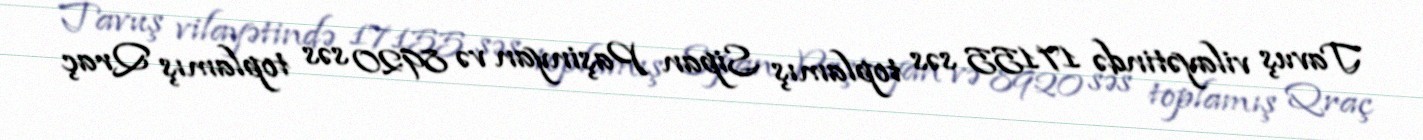
Tavuş vilayətində 17155 səs toplamış Sipan Paşinyan və 8920 səs toplamış Qraç